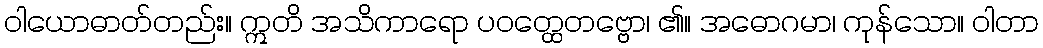
ဝါယောဓာတ်တည်း။ ဣတိ အသိကာရော ပဝတ္ထေတဗ္ဗော၊ ၏။ အဓောဂမာ၊ ကုန်သော။ ဝါတာ